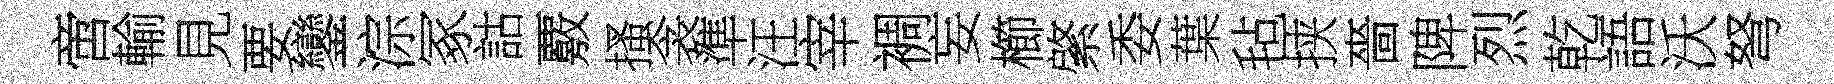
啻輸見要鑾淙冢詁覈搔衾準汪宰裯妄櫛綮委葉毡挟嗇陴烈乾語沃弩